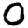
Digit: 0